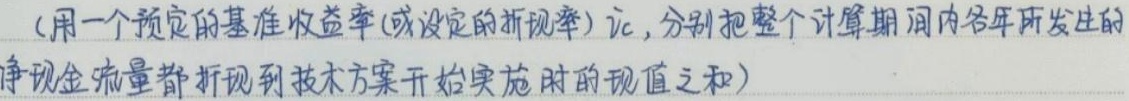
(用一个预定的基准收益率(或设定的折现率)$i_c$，分别把整个计算期间内各年所发生的净现金流量都折现到技术方案开始实施时的现值之和)